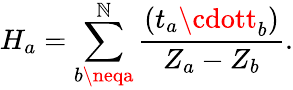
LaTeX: H_{a}=\sum_{b\neqa}^{\mathbb{N}}\frac{{(t_{a}\cdott_{b})}}{{Z_{a}-Z_{b}}}.